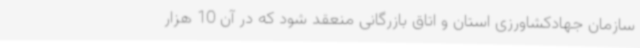
سازمان جهادکشاورزی استان و اتاق بازرگانی منعقد شود که در آن 10 هزار